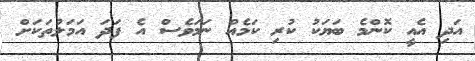
އަދި އެއީ ކޮންމެ ބަޔަކު ކުރި ކަމެއް ނަމަވެސް އެ ފަދަ އަމަލުތަކަށް